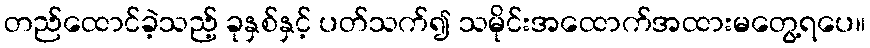
တည်ထောင်ခဲ့သည့် ခုနှစ်နှင့် ပတ်သက်၍ သမိုင်းအထောက်အထားမတွေ့ရပေ။